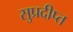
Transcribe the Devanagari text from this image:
सुप्रदीप्त